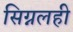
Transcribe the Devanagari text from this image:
सिग्नलही